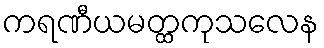
ကရဏီယမတ္ထကုသလေန